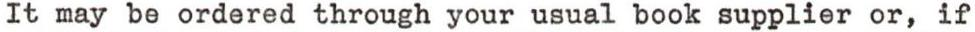
It may be ordered through your usual book supplier or, if